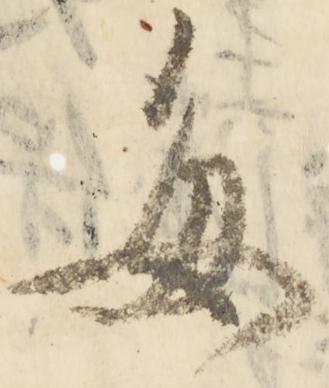
毎